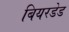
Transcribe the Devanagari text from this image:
बियरडेड